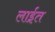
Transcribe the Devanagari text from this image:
लाईत